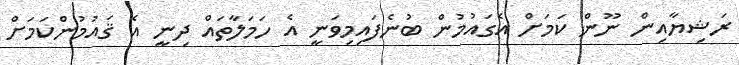
ރަޝިޔާއިން ނޫން ކަމަށް އެގައުމުން ބުނެފައިމިވަނީ އެ ހަމަލާތަައް ދިނީ އެ ޤައުމުންކަމަށް